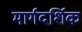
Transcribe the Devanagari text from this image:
मार्गदर्शिक